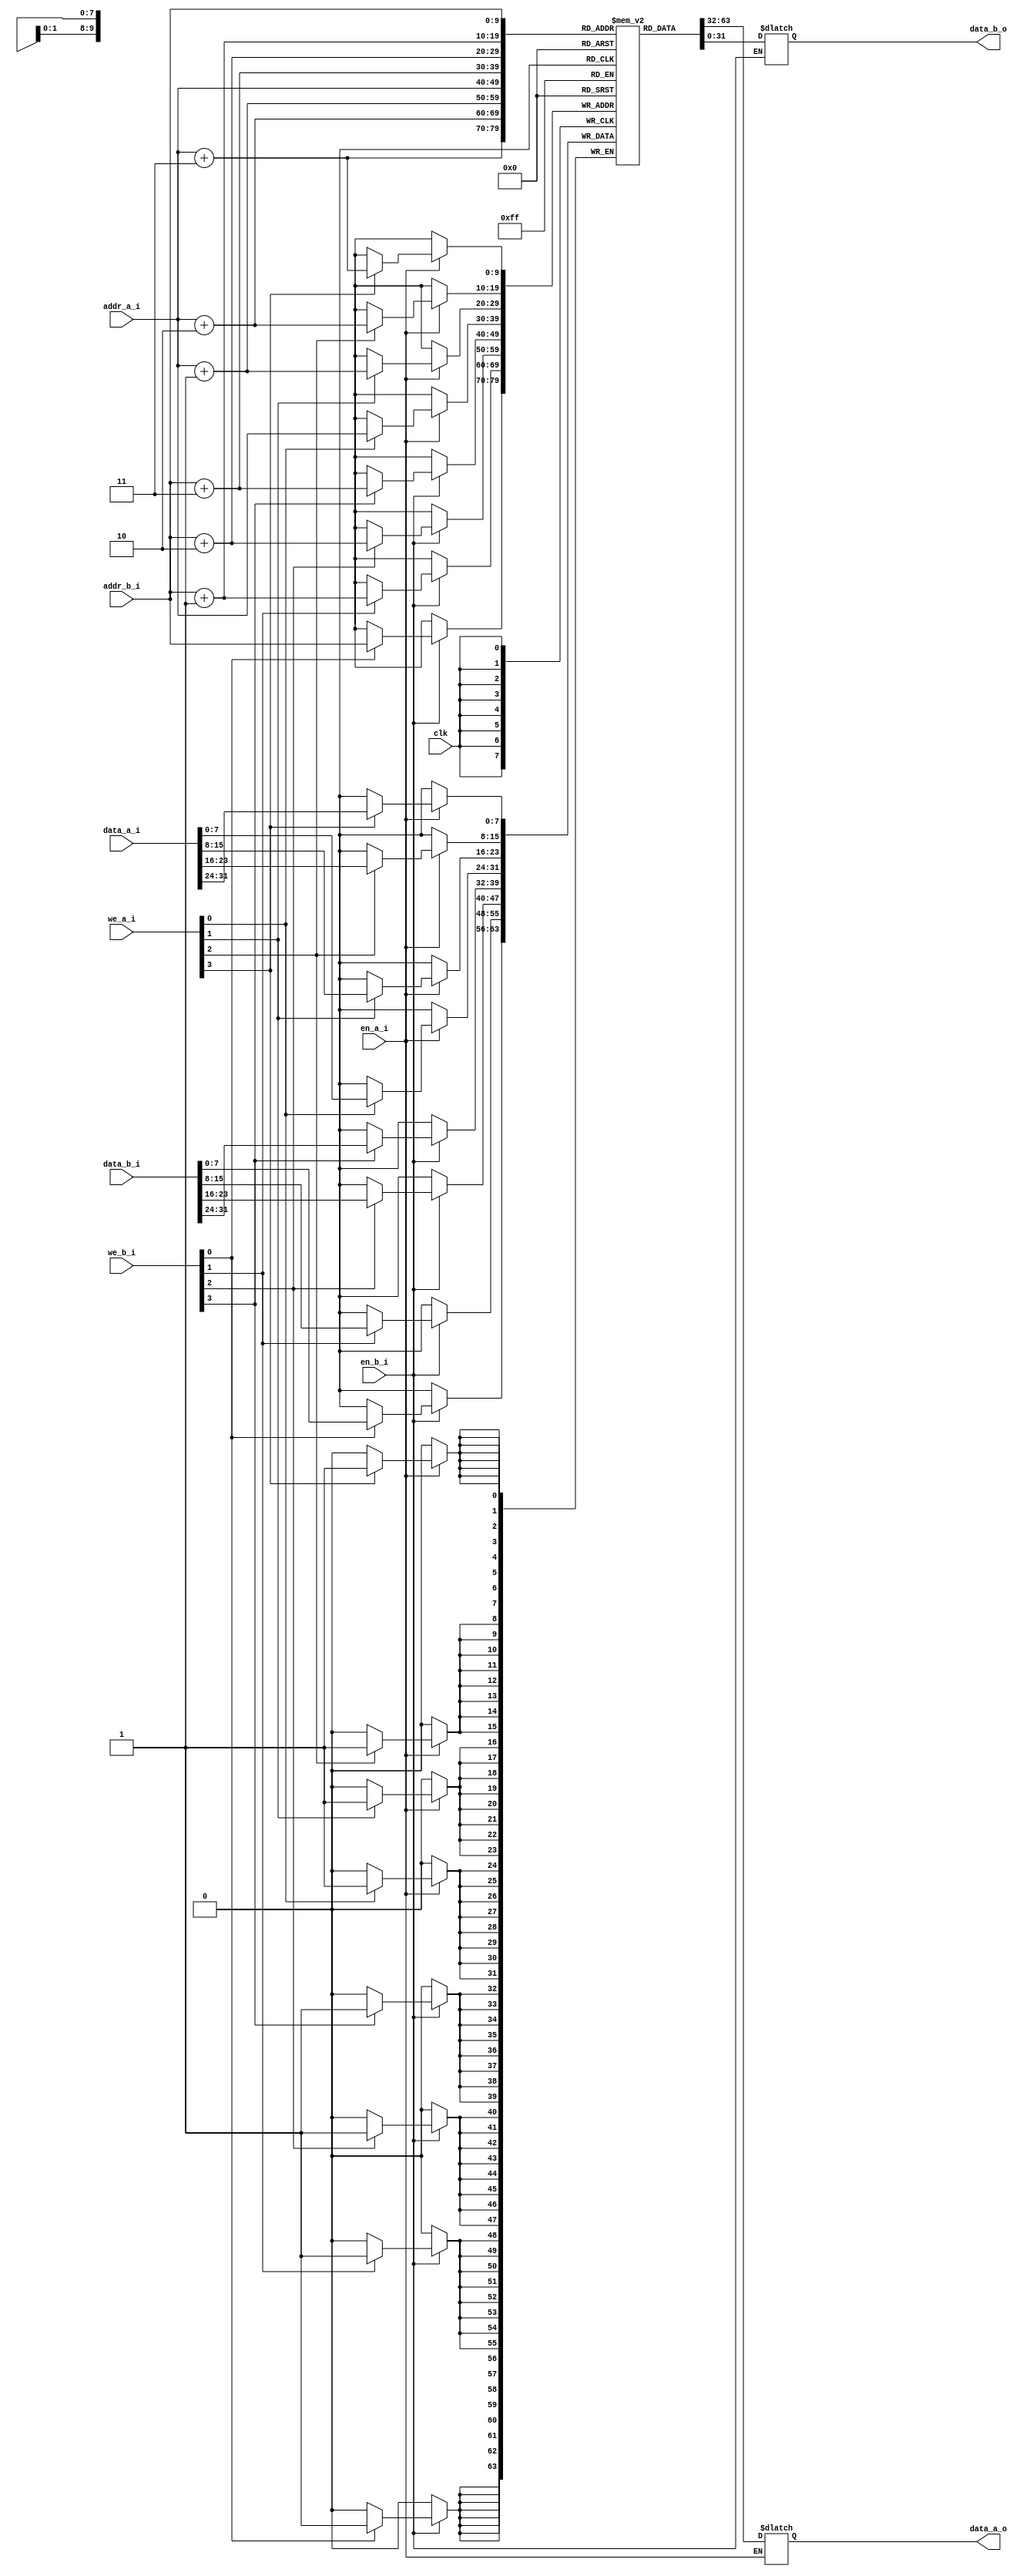
module data_mem #(parameter WADDR = 10)
(
    input wire clk,
    input wire en_a_i,
    input wire en_b_i,
    input wire [31:0] data_a_i,
    input wire [31:0] data_b_i,
    input wire [WADDR - 1:0] addr_a_i,
    input wire [WADDR - 1:0] addr_b_i,
    input wire [3:0] we_a_i,
    input wire [3:0] we_b_i,
    output reg [31:0] data_a_o,
    output reg [31:0] data_b_o
);

reg [7:0] ram_s [(2 ** WADDR) - 1:0];

// Synchronous Write
always @(posedge clk) begin
    if (en_a_i) begin
        if (we_a_i[3]) ram_s[addr_a_i + 3] <= data_a_i[31:24];
        if (we_a_i[2]) ram_s[addr_a_i + 2] <= data_a_i[23:16];
        if (we_a_i[1]) ram_s[addr_a_i + 1] <= data_a_i[15:8];
        if (we_a_i[0]) ram_s[addr_a_i] <= data_a_i[7:0];
    end
    if (en_b_i) begin
        if (we_b_i[3]) ram_s[addr_b_i + 3] <= data_b_i[31:24];
        if (we_b_i[2]) ram_s[addr_b_i + 2] <= data_b_i[23:16];
        if (we_b_i[1]) ram_s[addr_b_i + 1] <= data_b_i[15:8];
        if (we_b_i[0]) ram_s[addr_b_i] <= data_b_i[7:0];
    end
end

// Asynchronous Read
always @* begin
    if (en_a_i) begin
        data_a_o[31:24] = ram_s[addr_a_i + 3];
        data_a_o[23:16] = ram_s[addr_a_i + 2];
        data_a_o[15:8] = ram_s[addr_a_i + 1];
        data_a_o[7:0] = ram_s[addr_a_i];
    end
    if (en_b_i) begin
        data_b_o[31:24] = ram_s[addr_b_i + 3];
        data_b_o[23:16] = ram_s[addr_b_i + 2];
        data_b_o[15:8] = ram_s[addr_b_i + 1];
        data_b_o[7:0] = ram_s[addr_b_i];
    end
end

endmodule